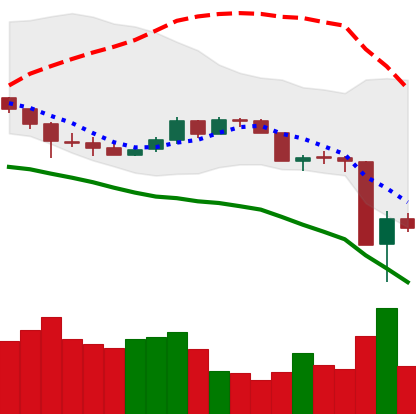
Ticker: DOGE-USD
Chart end date: 2020-03-14
Forward return: 6.423%
Label: up_5_7